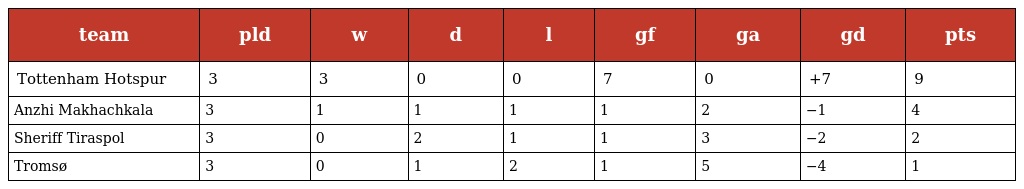
| team | pld | w | d | l | gf | ga | gd | pts |
 | --- | --- | --- | --- | --- | --- | --- | --- | --- |
 | Tottenham Hotspur | 3 | 3 | 0 | 0 | 7 | 0 | +7 | 9 |
 | Anzhi Makhachkala | 3 | 1 | 1 | 1 | 1 | 2 | −1 | 4 |
 | Sheriff Tiraspol | 3 | 0 | 2 | 1 | 1 | 3 | −2 | 2 |
 | Tromsø | 3 | 0 | 1 | 2 | 1 | 5 | −4 | 1 |